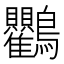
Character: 𮭠